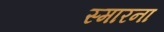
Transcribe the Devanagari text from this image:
स्मारना